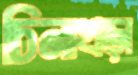
চিনাখড়া